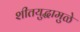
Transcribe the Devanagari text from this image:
शीतयुद्धामुळे